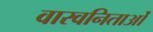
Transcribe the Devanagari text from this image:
वारवनिताओं